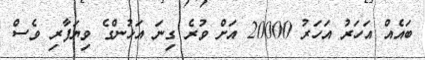
ބައެއް އަހަރު އަހަރު 20000 އަށް ވުރެ ގިނަ އަަޅުންގެ ވިޔަފާރި ވެސް